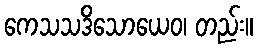
ကေသသဒိသောယေဝ၊ တည်း။